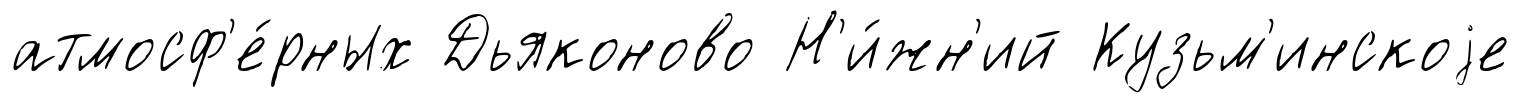
атмосф'е́рных Дьяконово Н'и́жн'ий Кузьм'инскоjе